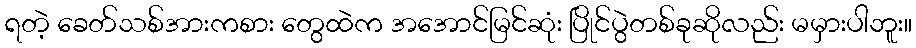
ရတဲ့ ခေတ်သစ်အားကစား တွေထဲက အအောင်မြင်ဆုံး ပြိုင်ပွဲတစ်ခုဆိုလည်း မမှားပါဘူး။